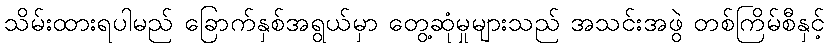
သိမ်းထားရပါမည် ခြောက်နှစ်အရွယ်မှာ တွေ့ဆုံမှုများသည် အသင်းအဖွဲ တစ်ကြိမ်စီနှင့်